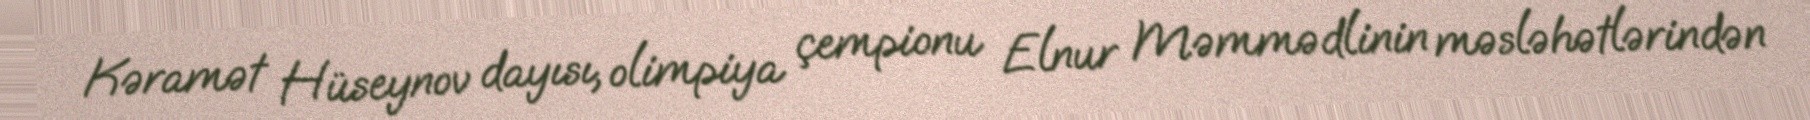
Kəramət Hüseynov dayısı, olimpiya çempionu Elnur Məmmədlinin məsləhətlərindən